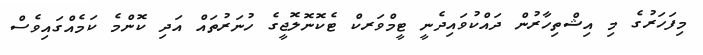
މިފަހަރުގެ މި އިޝްތިހާރުން ދައްކުވައިދެނީ ޓީމްވަރކް ޓެކޮނޮލޮޖީގެ ހުނަރުތައް އަދި ކޮންމެ ކަމެއްގައިވެސް